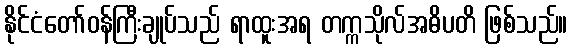
နိုင်ငံတော်ဝန်ကြီးချုပ်သည် ရာထူးအရ တက္ကသိုလ်အဓိပတိ ဖြစ်သည်။